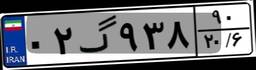
۰۲گ۹۳۸۹۰